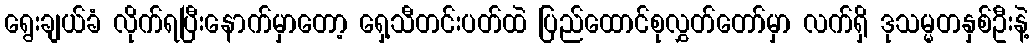
ရွေးချယ်ခံ လိုက်ရပြီးနောက်မှာတော့ ရှေ့သီတင်းပတ်ထဲ ပြည်ထောင်စုလွှတ်တော်မှာ လက်ရှိ ဒုသမ္မတနှစ်ဦးနဲ့